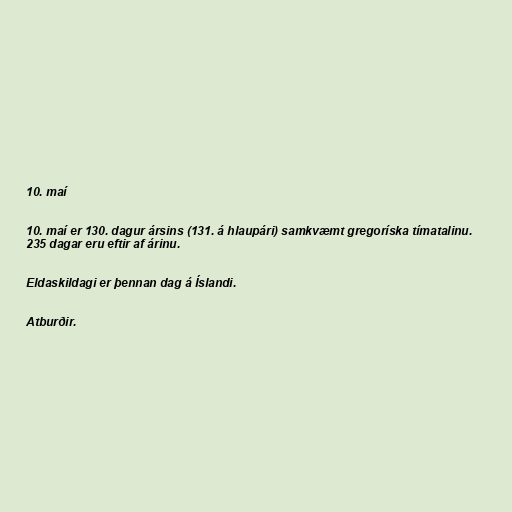
10. maí

10. maí er 130. dagur ársins (131. á hlaupári) samkvæmt gregoríska tímatalinu.
235 dagar eru eftir af árinu.

Eldaskildagi er þennan dag á Íslandi.

Atburðir.